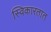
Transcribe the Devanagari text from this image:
स्विकारतात